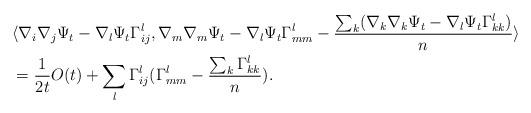
LaTeX: \begin{align*} \begin{aligned} &\langle \nabla_i\nabla_j \Psi_t-\nabla_l\Psi_t\Gamma_{ij}^l, \nabla_m\nabla_m \Psi_t-\nabla_l\Psi_t\Gamma_{mm}^l-\frac{\sum_k(\nabla_k\nabla_k \Psi_t-\nabla_l\Psi_t\Gamma_{kk}^l)}{n}\rangle\\ &=\frac{1}{2t}O(t)+\sum_l\Gamma_{ij}^l(\Gamma_{mm}^l-\frac{\sum_k\Gamma^l_{kk}}{n}). \end{aligned}\end{align*}